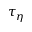
\tau _ { \eta }